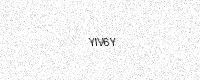
Text: YIV6Y